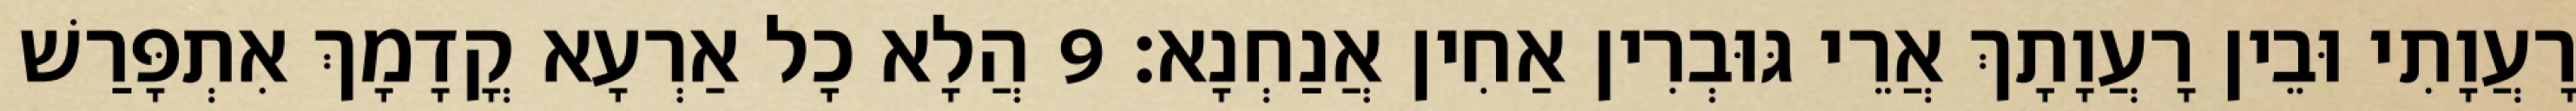
רָעֲוָתִי וּבֵין רָעֲוָתָךְ אֲרֵי גּוּבְרִין אַחִין אֲנַחְנָא׃ 9 הֲלָא כָל אַרְעָא קֳדָמָךְ אִתְפָּרַשׁ